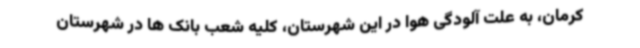
کرمان، به علت آلودگی هوا در این شهرستان، کلیه شعب بانک ها در شهرستان